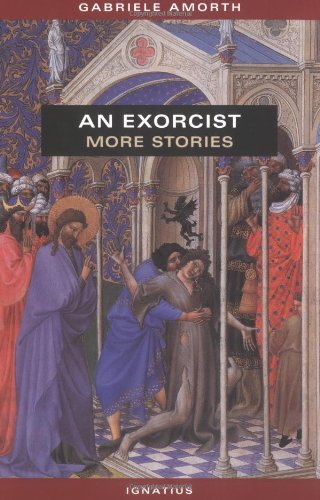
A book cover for An Exorcist: More Stories; Gabriele Amorth; Christian Books & Bibles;